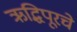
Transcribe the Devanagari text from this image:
ऋद्धिपूरचे